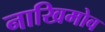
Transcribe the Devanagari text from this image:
नाखिमोव